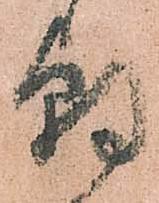
朝